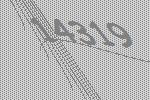
14319